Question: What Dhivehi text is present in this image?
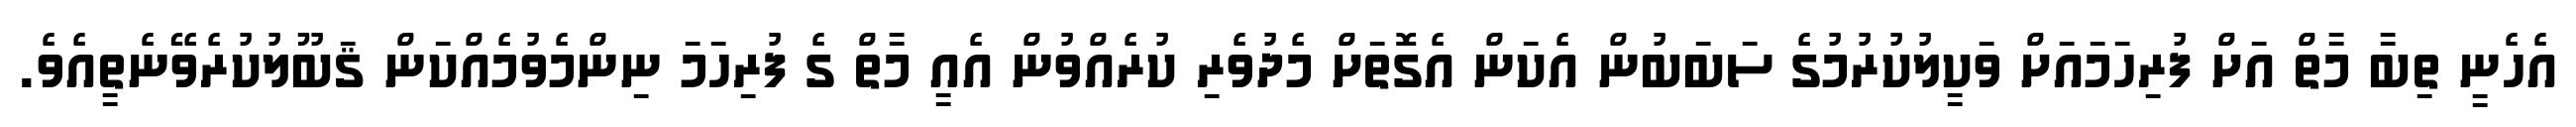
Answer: އެހެނީ ތިބާ މާތް އަށް ފުރިހަމައަށް ވަކީލުކުރުމުގެ ސަބަބުން އެކަން އެގޮތަށް މެދުވެރި ކުރެއްވުން އެއީ މާތް ގެ ފުރިހަމަ ނިންމެވުމެއްކަން ޤަބޫލުކުރެވޭނެތީއެވެ.